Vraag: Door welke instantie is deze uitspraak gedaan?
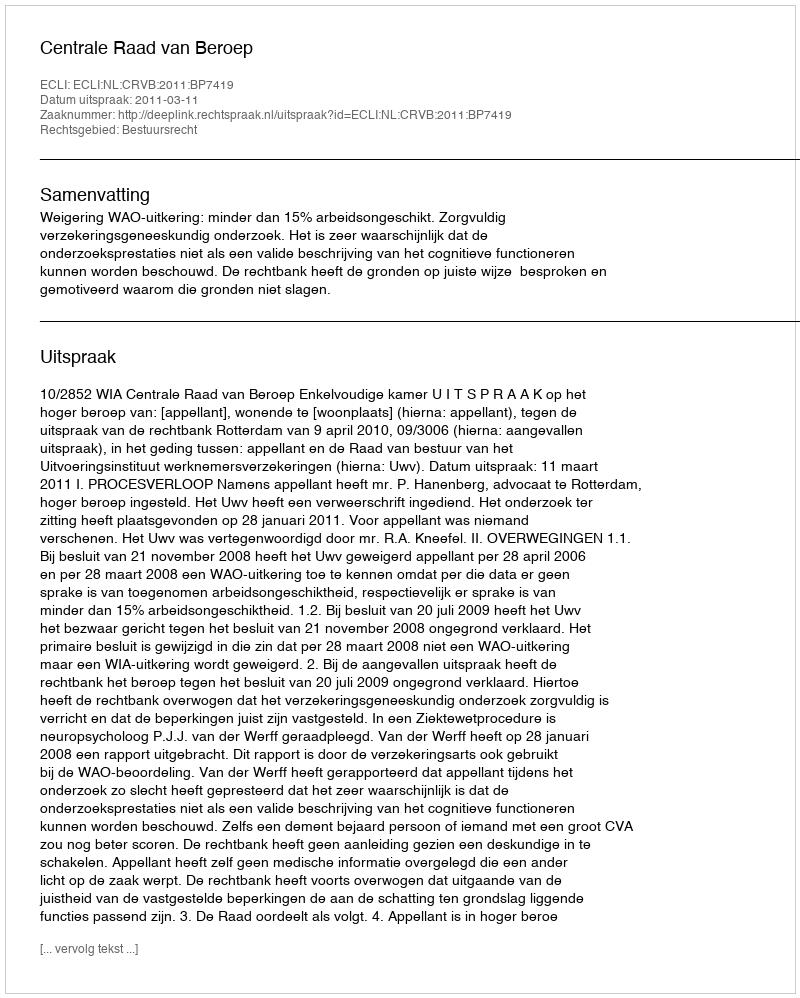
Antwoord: Centrale Raad van Beroep